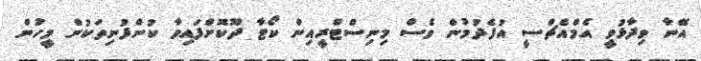
އޭނާ ވިދާޅުވީ އެމްއެޗްސީ އުފެދުމުން ވެސް މިނިސްޓްރީއިން ކޯޓާ ދޫކޮށްފައިވާ ކުންފުނިތަކުން މީހުން